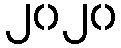
၂၀၂၀